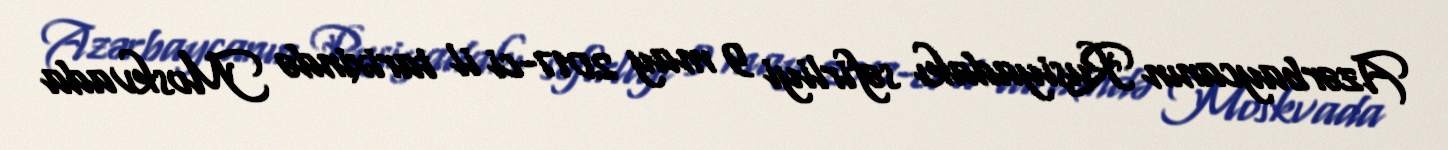
Azərbaycanın Rusiyadakı səfirliyi 9 may 2017-ci il tarixində Moskvada